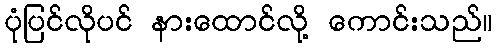
ပုံပြင်လိုပင် နားထောင်လို့ ကောင်းသည်။